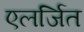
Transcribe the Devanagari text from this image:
एलर्जित